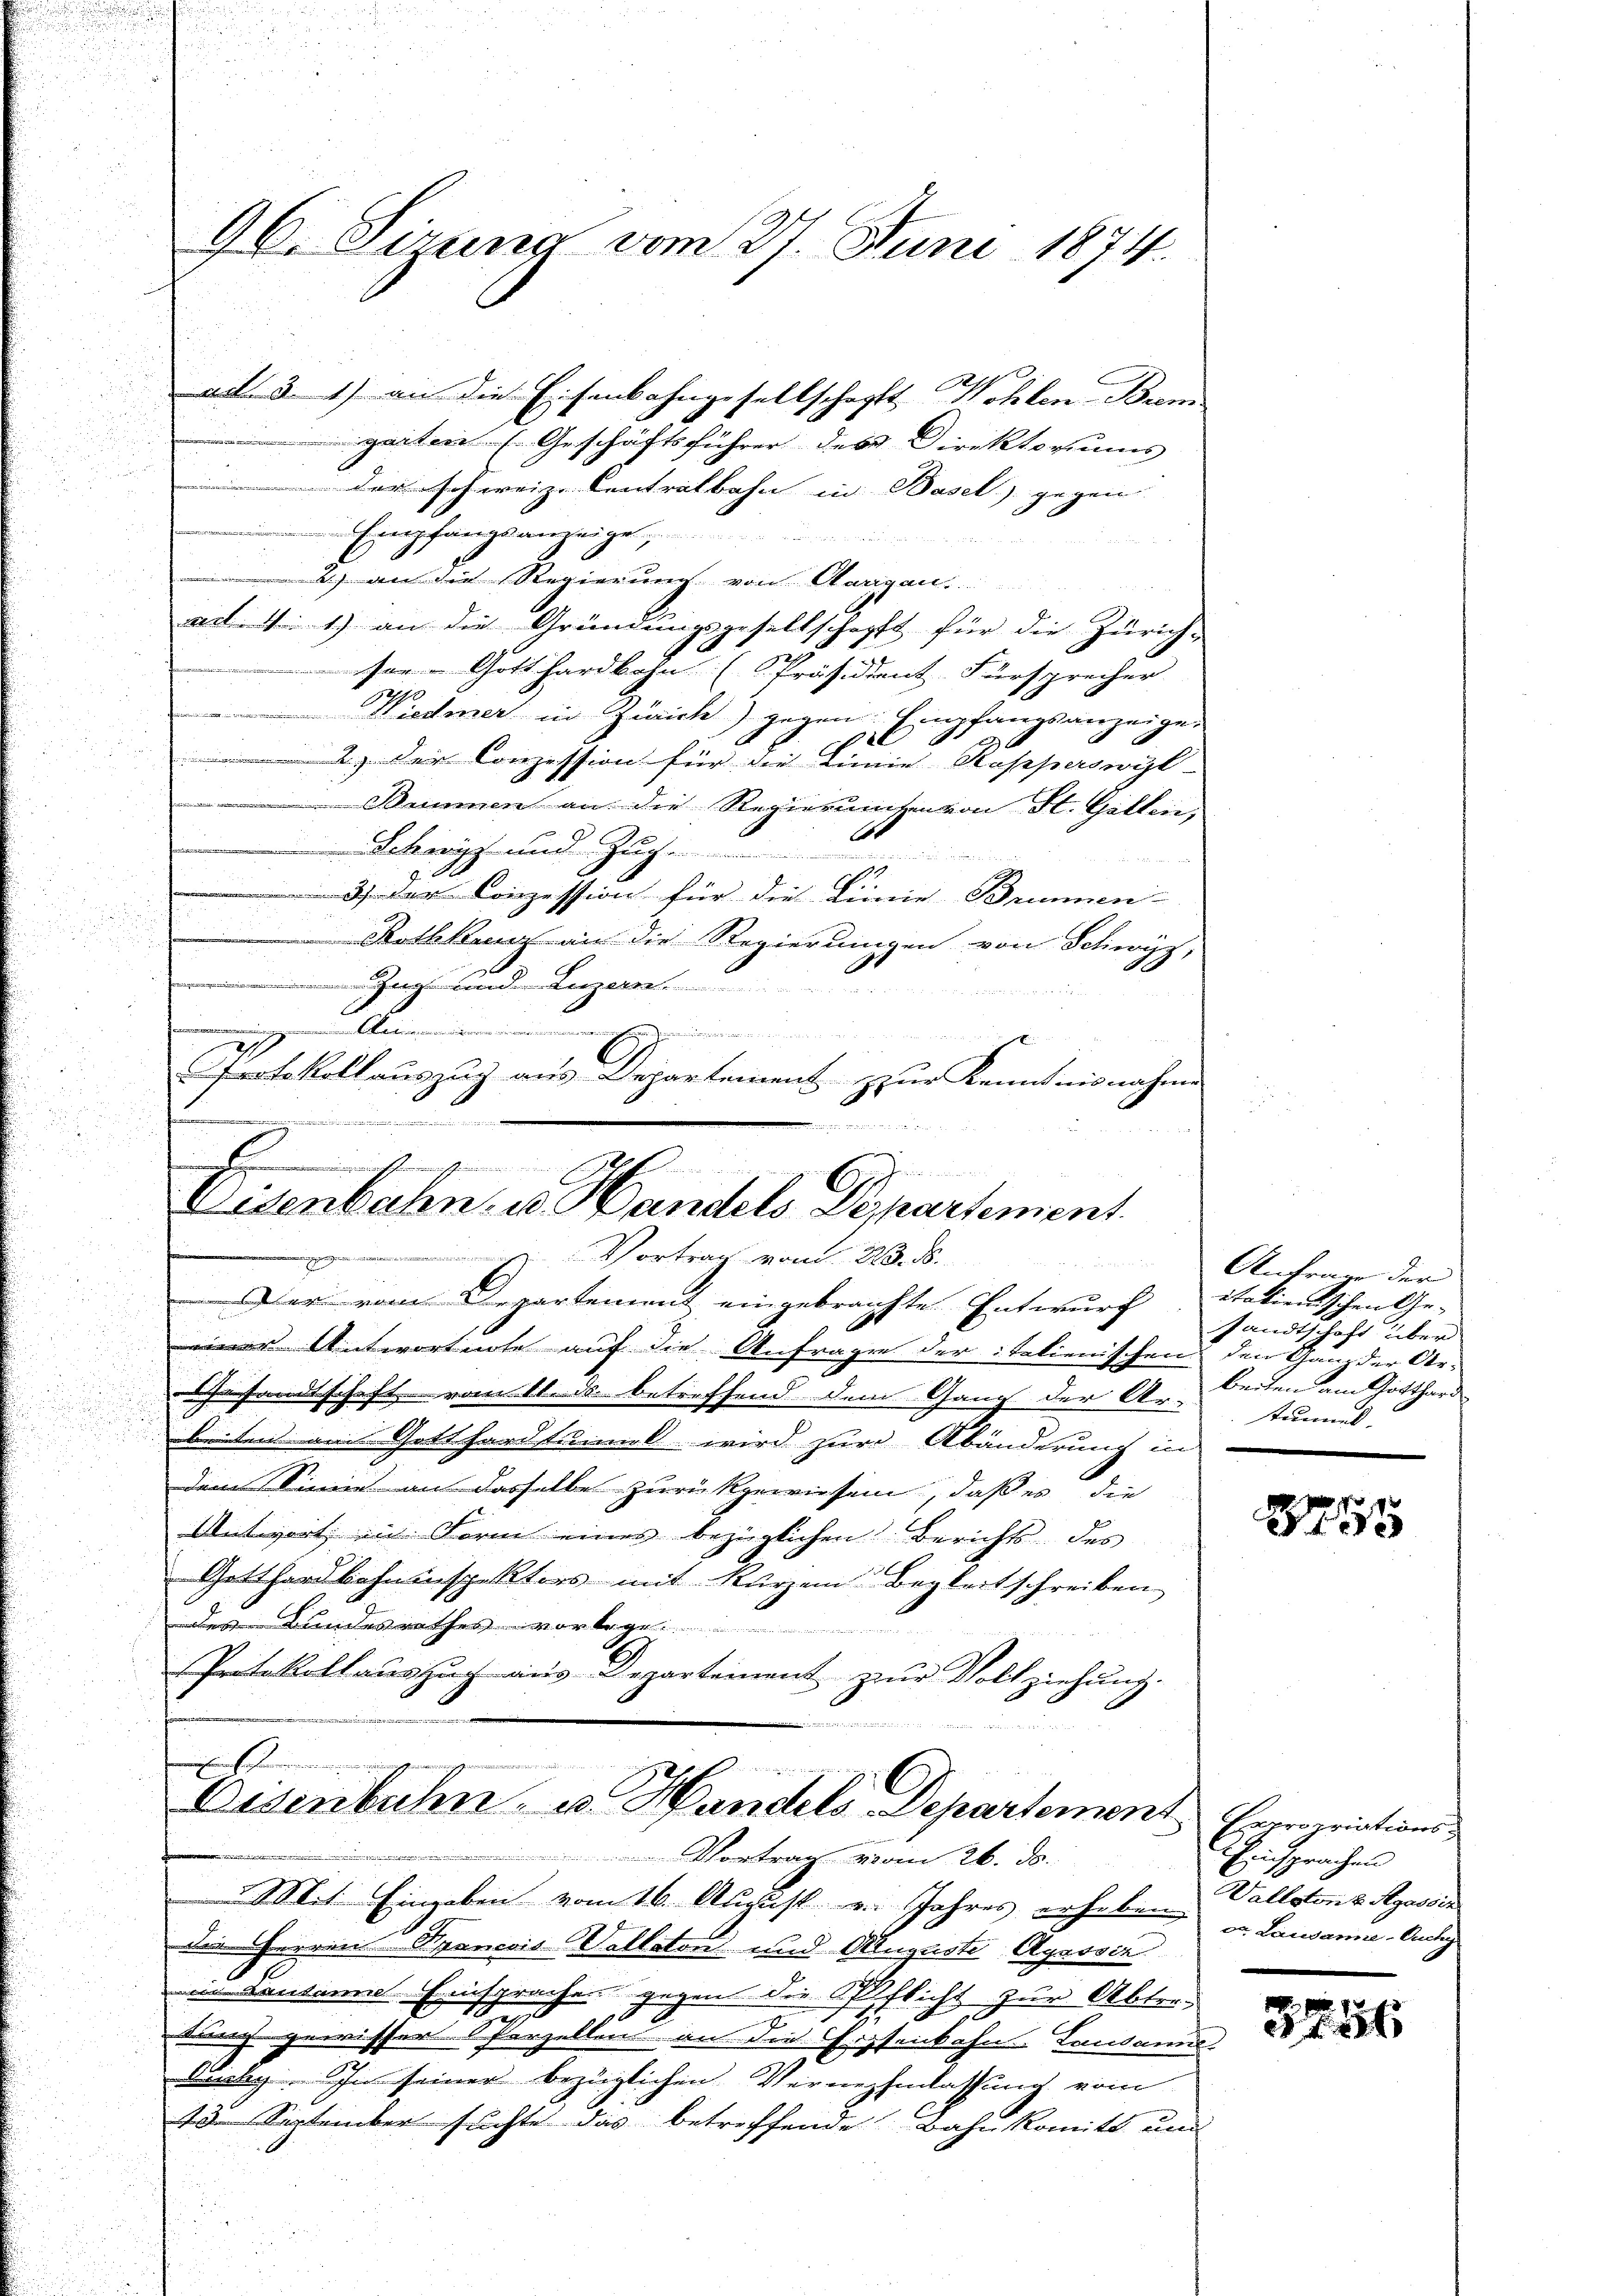
d

ad. 3. 1) an die Eisenbahngesellschafft Wohlen Brem
gaiteres Geschäftsführer des Direktoriums
i
der schweiz. Centralbahn in Basel gegen |
 Empfangsanzeige
2) an die Regierung von Aargau,
ad N: 1) an die Gründungsgesellschofft für die Zürich-
t
ser. Gotthardbahn (Präsidient. Fürsprecher
0
wi
Wiedmer in Zürich) gegen Empfangsanzeigen
c
2) der Conzession für die Linie Kasperswyl
Bummen an die Regierungen von St. Gitten,
Schweiz und Zug. 1
.
37 der Conzession für die Linne Brunnen-

Rothkanz an die Regierungen von Schwyz,
Zug und Luzern
.
d
Protokollauszug aus Departement zur Kenntnisnahme
1
e
shens

96. Cirung vom 27. Juni 1874.

6f
Letenbahn, u. Handels Departement.
 Vortrag vom 23. ds.
ieren einen an ein seinen

er vom Departement eingebrachte Entwurf
einer Antwortete auf die Anfragen der italienischen den Ganz der Ar-
Gesandtschaft vom 11. ds. betreffend dem Gang der Ar-
beiten am Gotthardtummt wird zur Abänderung in
dem Sinne an dasselbe zurückgewiesen, daß es die
Antwort im Form eines bezüglichen Berichts des
Gotthardbahninspektors mit kurzem Begleitschreiben
des Bundesrathes vorlege.
Protokollauszug aus Departement zur Vollziehung.

E
Disenbahn- u. Handels-Departement Repropriationse
Vortrag vom 26. ds.

Anfrage der
italienischen Gesandtschaft über
beiten am Gotthard
Stammel

Mit Eingaben vom 16. August v. Jahres erheben in Lausanne Anlag
die Herren Brancois Vollaton und Auguste Agassir
in Lausanne Einsprache gegen die Pflicht zur Abtert
tung gewisser Parzellen, an die Erzsekahn Landan
Ducky. In seiner bezüglichen Vernehmlassung vom
13. September suchte das betreffende Bahnkomitt und

2755

EEinsprachen
Vallston & Regassin

3751